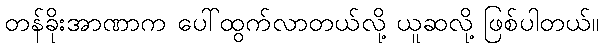
တန်ခိုးအာဏာက ပေါ်ထွက်လာတယ်လို့ ယူဆလို့ ဖြစ်ပါတယ်။